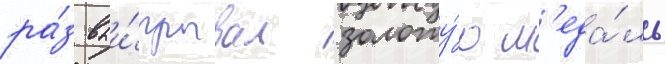
ра́з выи́грывал золоту́ю м'еда́ль